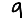
Digit: 9